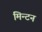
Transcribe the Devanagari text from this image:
मिन्टन